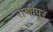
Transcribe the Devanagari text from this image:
राणीपूर